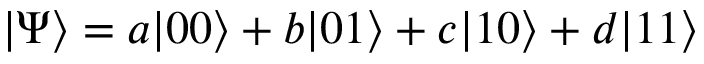
| \Psi \rangle = a | 0 0 \rangle + b | 0 1 \rangle + c | 1 0 \rangle + d | 1 1 \rangle